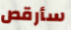
سأرقص